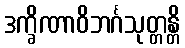
ဒက္ခိဏာဝိဘင်္ဂသုတ္တန္တိ